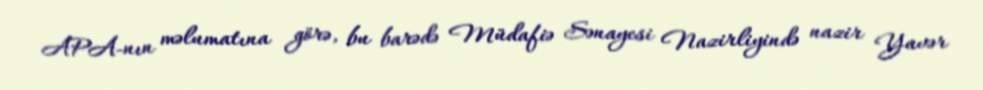
APA-nın məlumatına görə, bu barədə Müdafiə Sənayesi Nazirliyində nazir Yavər